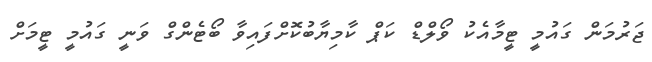
ޖަރުމަން ގައުމީ ޓީމާއެކު ވޯލްޑް ކަޕް ކާމިޔާބުކޮށްފައިވާ ބޯޓެންގް ވަނީ ގައުމީ ޓީމަށް